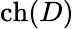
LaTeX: \operatorname{ch}(D)